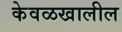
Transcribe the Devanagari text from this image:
केवळखालील